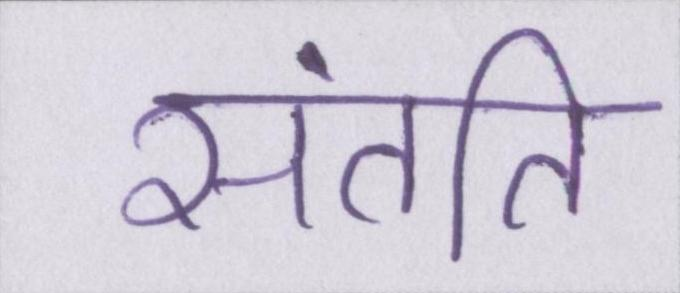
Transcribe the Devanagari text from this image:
संतति